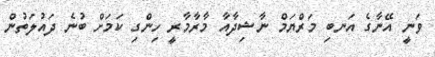
ވަނީ އޭނާގެ އަނބި މަރްޔަމް ނާޝިދާއާ މާރާމާރީ ހިންގި ކަމަށް ބުނެ ދައުލަތުން